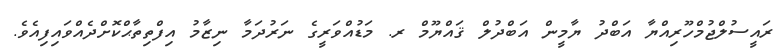
ރައީސުލްޖުމްހޫރިއްޔާ އަބްދު ޔާމީން އަބްދުލް ޤައްޔޫމް ރ. މަޑުއްވަރީގެ ނަރުދަމާ ނިޒާމު އިފްތިތާޙްކޮށްދެއްވައިފިއެވެ.